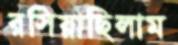
রসিয়াছিলাম